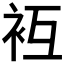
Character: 𧘢